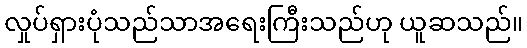
လှုပ်ရှားပုံသည်သာအရေးကြီးသည်ဟု ယူဆသည်။